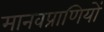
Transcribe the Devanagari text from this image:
मानवप्राणियों